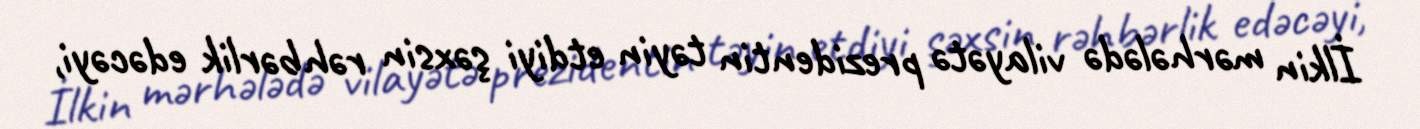
İlkin mərhələdə vilayətə prezidentin təyin etdiyi şəxsin rəhbərlik edəcəyi,